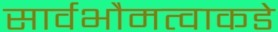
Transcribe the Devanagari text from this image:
सार्वभौमत्वाकडे